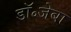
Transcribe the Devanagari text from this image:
डॉ॰जेबा